Report on sanitation, dispensaries, and jails in Rajputana for 1917, and on vaccination for the year 1917-1918 - 1917-1918
Year: 1917
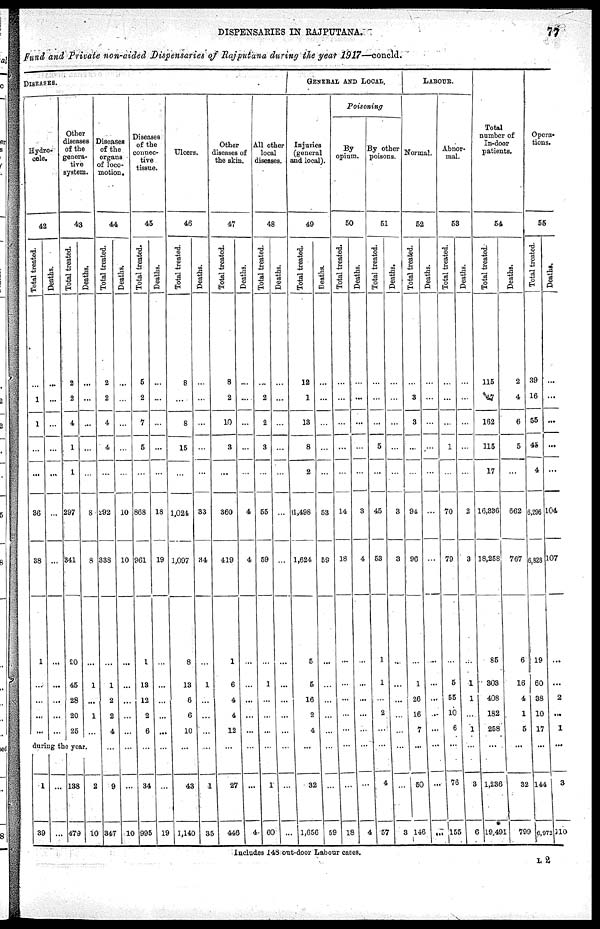
DISPENSARIES IN RAJPUTANA.
77
fund and Private non-aided Dispensaries of Rajputana during the year 1917—concld.
DISEASES.
Hydro¬
cele.
42
Total treated.
...
1
1
...
...
...
36
38
1
...
...
...
...
Deaths.
...
...
...
...
...
...
...
...
...
...
...
...
...
Other
diseases
of the
genera-
tive
system.
43
Total treated.
2
2
4
...
1
1
297
341
20
45
28
20
25
Deaths.
...
...
...
...
...
...
8
8
...
1
...
1
...
during the year .
1
39
...
...
138
479
2
10
Diseases
of the
organs
of loco-
motion.
44
Total treated.
2
2
4
...
4
...
292
338
...
1
2
2
4
...
9
347
Deaths.
...
...
...
...
...
...
10
10
...
...
...
...
...
...
...
10
Diseases
of the
connec¬
tive
tissue.
45
Total treated.
5
2
7
...
5
...
868
961
1
13
12
2
6
...
34
995
Deaths.
...
...
...
...
...
...
18
19
...
...
...
...
...
...
...
19
Ulcers.
46
Total treated.
8
...
8
...
15
...
1,024
1,097
8
13
6
6
10
...
43
1,140
Deaths.
...
...
...
...
...
...
33
34
...
1
...
...
...
...
1
35
Other
diseases of
the skin.
47
Total treated.
8
2
10
...
3
...
360
419
1
6
4
4
12
...
27
446
Deaths.
...
...
...
...
...
...
4
4
...
...
...
...
...
...
...
4
All other
local
diseases.
48
Total treated.
...
2
2
...
3
...
55
59
...
1
...
...
...
...
1
60
Deaths.
...
...
...
...
...
...
...
...
...
...
...
...
...
...
...
...
GENERAL AND LOCAL.
Injuries
(general
and local).
49
Total treated.
12
1
13
...
8
2
11,498
1,624
5
5
16
2
4
...
32
1,656
Deaths.
...
...
...
...
...
...
53
59
...
...
...
...
...
...
...
59
Poisoning
By
opium.
50
Total treated.
...
...
...
...
...
...
14
18
...
...
...
...
...
...
...
18
Deaths.
...
...
...
...
...
...
3
4
...
...
...
...
...
...
...
4
By other
poisons.
51
Total treated.
...
...
...
...
5
...
45
53
1
1
...
2
...
...
4
57
Deaths.
...
...
...
...
...
...
3
3
...
...
...
...
...
...
...
3
LABOUR.
Normal.
52
Total treated.
...
3
3
...
...
...
94
96
...
1
26
16
7
...
50
146
Deaths.
...
...
...
...
...
...
...
...
...
...
...
...
...
...
...
...
Abnor-
mal.
53
Total treated.
...
...
...
...
1
...
70
79
...
5
55
10
6
...
76
155
Deaths.
...
...
...
...
...
...
2
3
...
1
1
...
1
...
3
619
Total
number of
In-door
patients.
54
Total treated.
115
7
162
...
115
17
16,336
18,258
85
303
408
182
258
...
1,236
491
Deaths.
2
4
6
...
5
...
662
767
6
16
4
1
5
...
32
799
Opera¬
tions.
55
Total treated.
39
16
55
...
45
4
6,296
6,828
19
60
38
10
17
...
144
6,972
Deaths.
...
...
...
...
...
...
104
107
...
...
2
...
1
...
3
110
Includes 143 out-door Labour cases.
L2